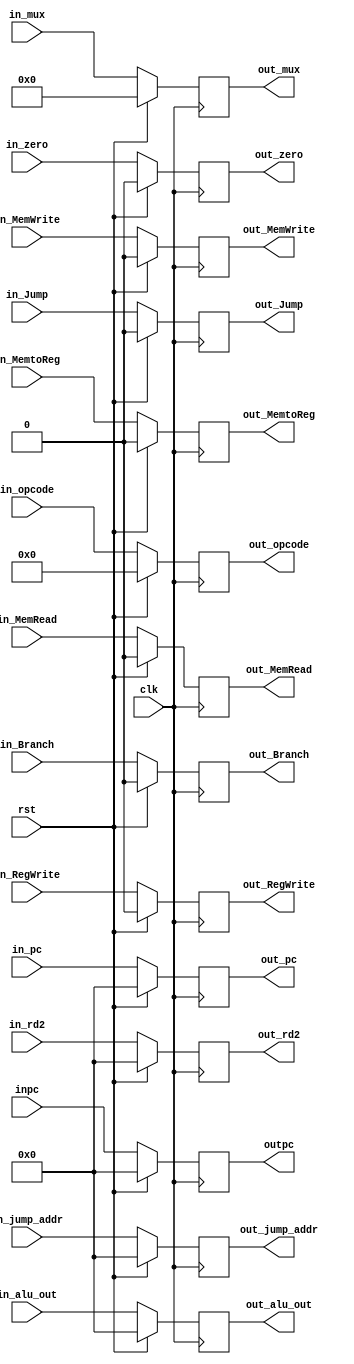
module EX_MEM(clk, rst, in_RegWrite, in_Branch, in_MemtoReg, in_MemRead, in_MemWrite, in_Jump, in_opcode,
			  inpc, in_pc, in_zero, in_alu_out, in_rd2, in_mux, outpc, out_pc, out_zero, out_alu_out, out_rd2, out_mux,
			  out_RegWrite, out_Branch, out_MemtoReg, out_MemRead, out_MemWrite, out_Jump, out_opcode, in_jump_addr, out_jump_addr);

	input clk, rst;
	input in_zero;
	input [4:0] in_mux;
	input [5:0] in_opcode;
	input [31:0] inpc, in_pc, in_alu_out, in_rd2, in_jump_addr;
	input in_RegWrite, in_Branch, in_MemtoReg, in_MemRead, in_MemWrite, in_Jump;
	output out_zero;
	output [4:0] out_mux;
	output [5:0] out_opcode;
	output [31:0] outpc, out_pc, out_alu_out, out_rd2, out_jump_addr;
	output out_RegWrite, out_Branch, out_MemtoReg, out_MemRead, out_MemWrite, out_Jump;
	
	reg out_zero;
	reg [4:0] out_mux;
	reg [5:0] out_opcode;
	reg [31:0] outpc, out_pc, out_alu_out, out_rd2, out_jump_addr;
	reg out_RegWrite, out_Branch, out_MemtoReg, out_MemRead, out_MemWrite, out_Jump;
	
	always @(posedge clk) begin
		if (rst) begin
			out_zero <= 1'b0;
			out_RegWrite <= 1'b0;
			out_Branch <= 1'b0;
			out_MemtoReg <= 1'b0;
			out_MemRead <= 1'b0;
			out_MemWrite <= 1'b0;
			out_Jump <= 1'b0;
			out_opcode <= 6'b0;
			out_mux <= 5'b0;
			outpc <= 32'b0;
			out_pc <= 32'b0;
			out_alu_out <= 32'b0;
			out_rd2 <= 32'b0;
			out_jump_addr <= 32'b0;
		end
		else begin
			out_zero <= in_zero;
			out_mux <= in_mux;
			outpc <= inpc;
			out_pc <= in_pc;
			out_alu_out <= in_alu_out;
			out_rd2 <= in_rd2;
			out_RegWrite <= in_RegWrite;
			out_Branch <= in_Branch;
			out_MemtoReg <= in_MemtoReg;
			out_MemRead <= in_MemRead;
			out_MemWrite <= in_MemWrite;
			out_Jump <= in_Jump;
			out_opcode <= in_opcode; 
			out_jump_addr <= in_jump_addr;
		end
	end
	
endmodule